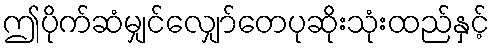
ဤပိုက်ဆံမျှင်လျှော်တေပုဆိုးသုံးထည်နှင့်